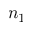
n _ { 1 }